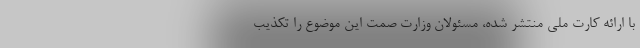
با ارائه کارت ملی منتشر شده، مسئولان وزارت صمت این موضوع را تکذیب